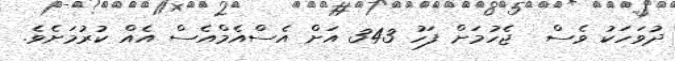
ދުވަހަކު ވެސް  ޖެހުމަށް ފަހު 343 އަށް އެސްއެމްއެސް އެއް ކުރުމަށެވެ.